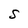
Character: S